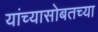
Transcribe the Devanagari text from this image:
यांच्यासोबतच्या